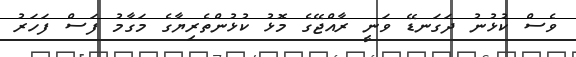
ވެސް ކުޅުނު ދަގަނޑޭ ވަނީ ރާއްޖޭގެ މޮޅު ކުޅުންތެރިޔާގެ މަގާމު ފަސް ފަހަރު